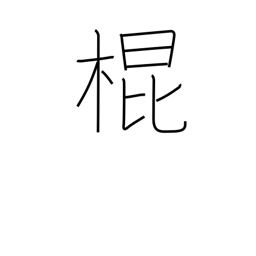
Meaning: a cane